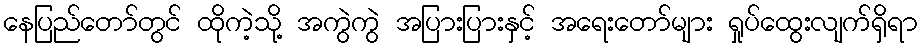
နေပြည်တော်တွင် ထိုကဲ့သို့ အကွဲကွဲ အပြားပြားနှင့် အရေးတော်များ ရှုပ်ထွေးလျက်ရှိရာ